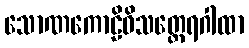
သောဏကောဠိဝိသတ္ထေရဂါထာ